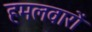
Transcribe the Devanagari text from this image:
हमलवारों